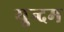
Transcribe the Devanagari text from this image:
युन्दम